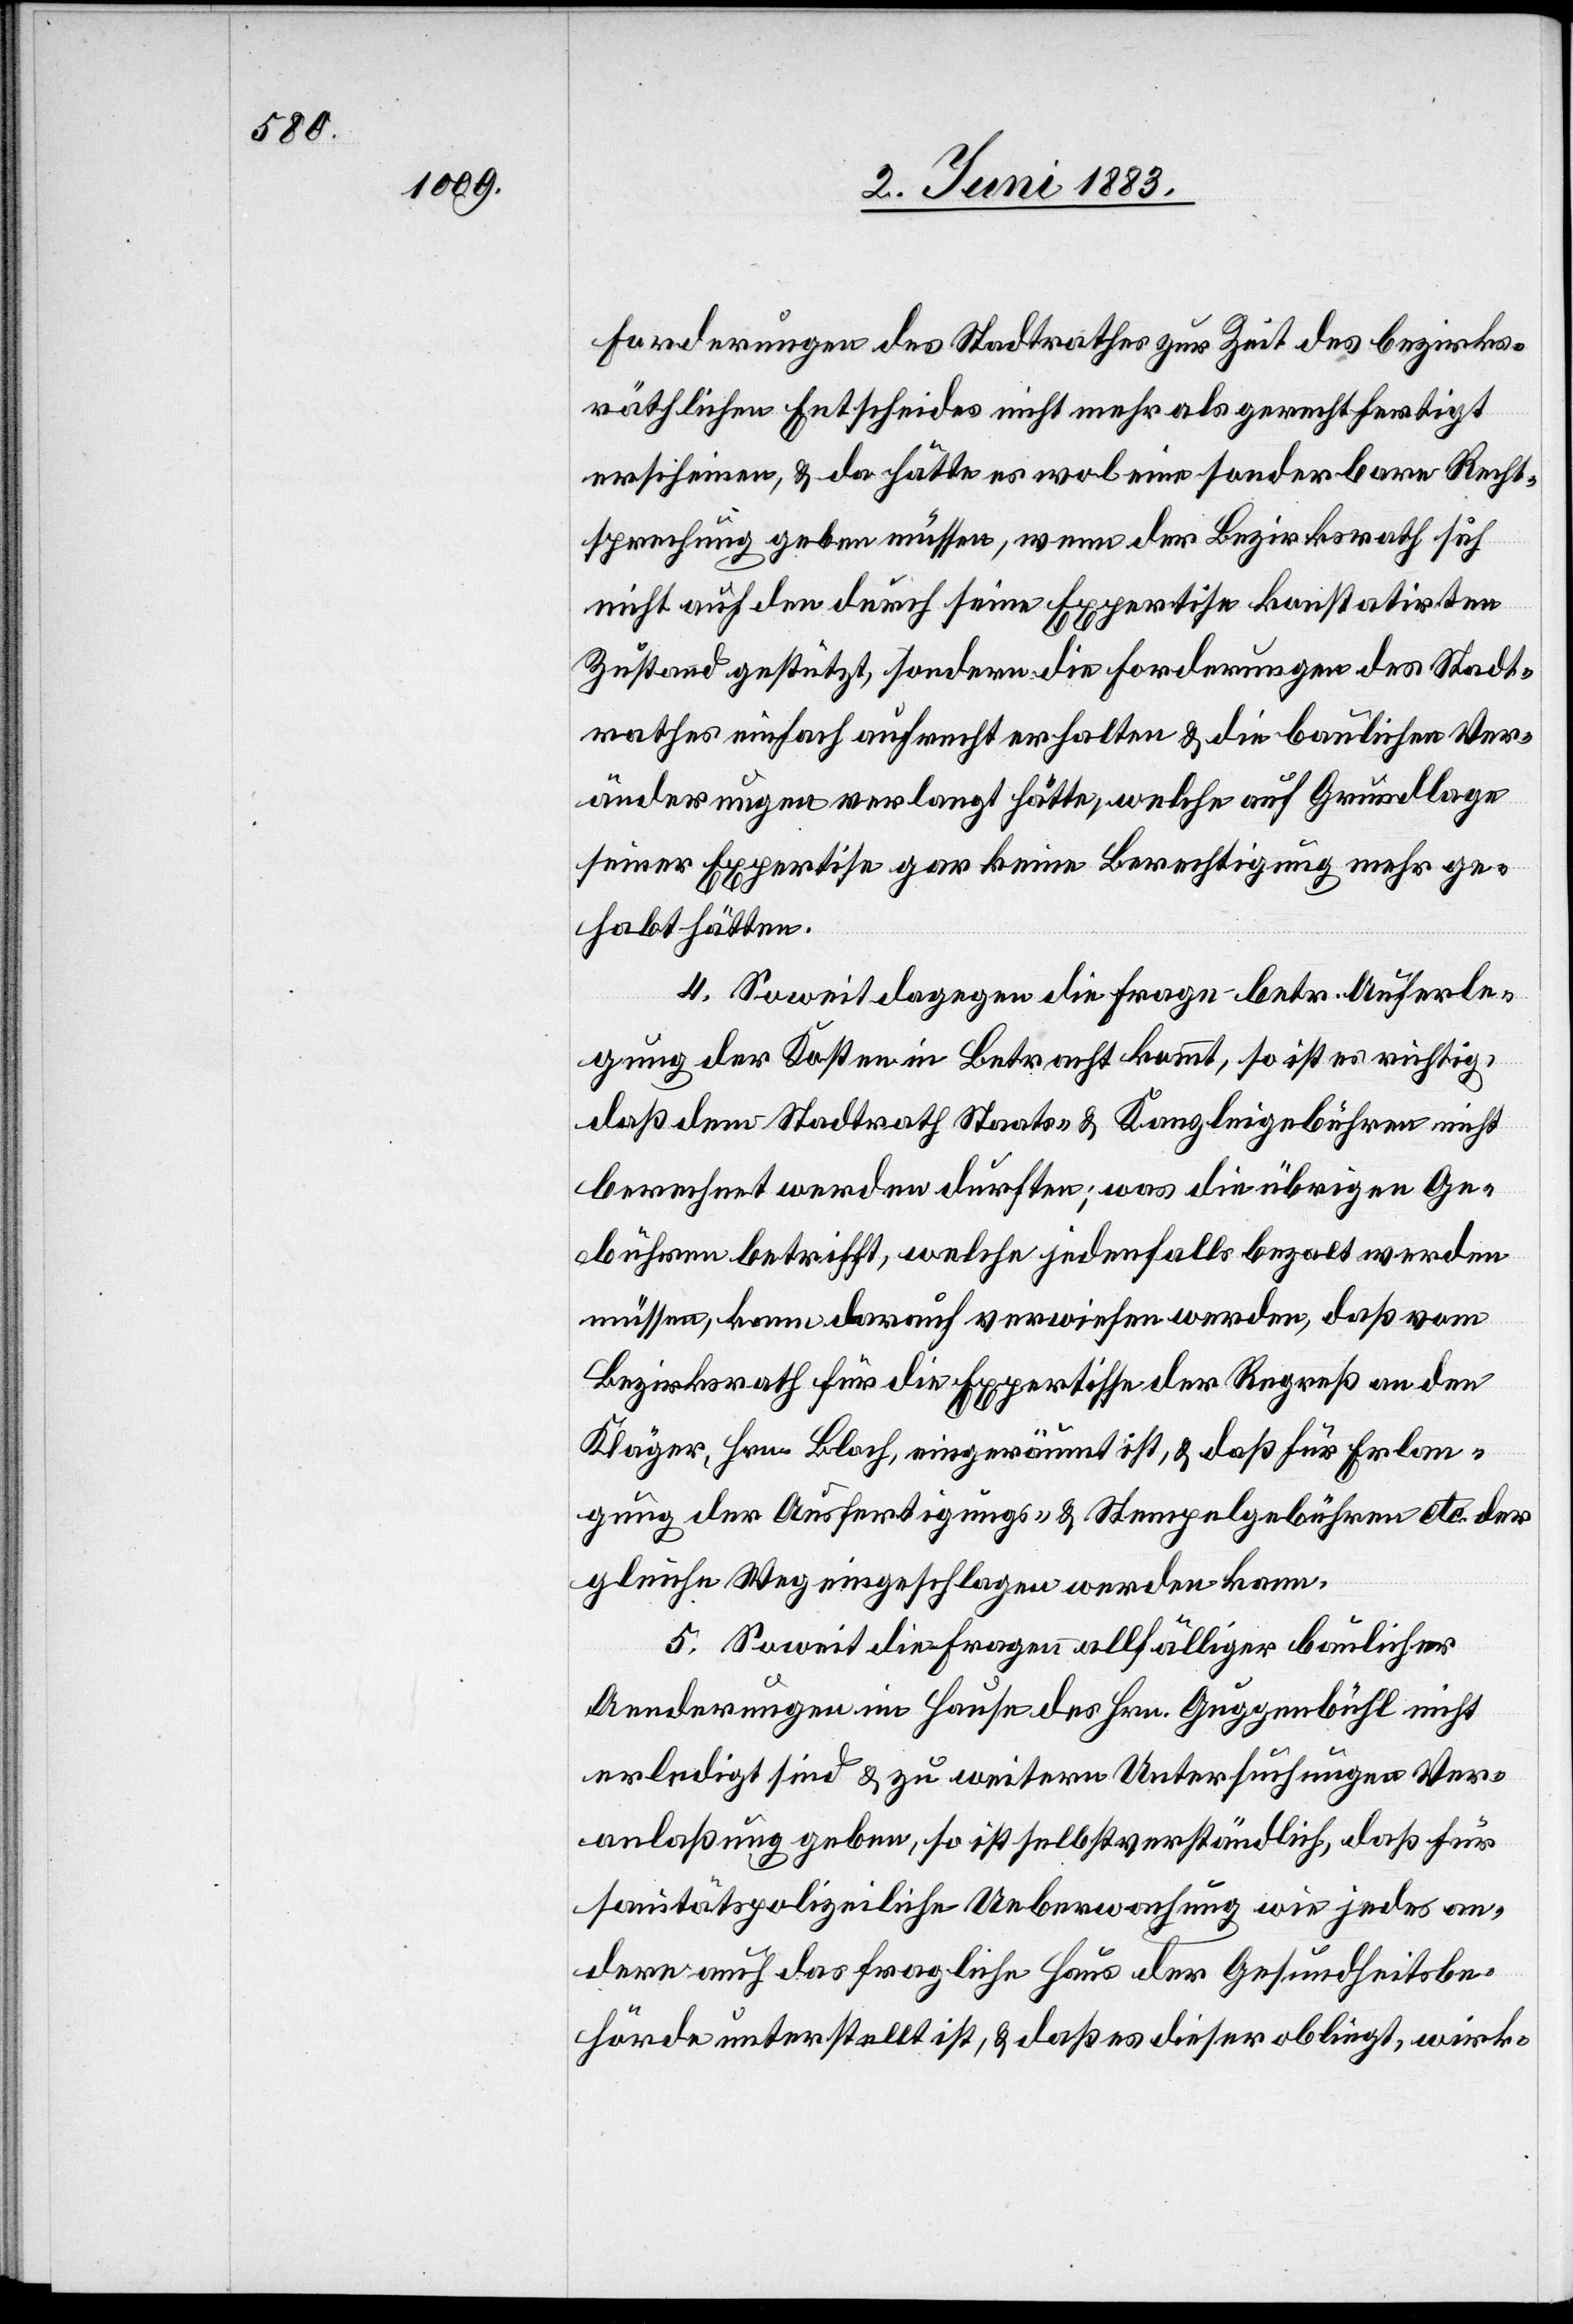
Forderungen des Stadtrathes zur Zeit des bezirks¬
räthlichen Entscheides nicht mehr als gerechtfertigt
erscheinen, & da hätte es wol eine sonderbare Recht¬
sprechung geben müssen, wenn der Bezirksrath sich
nicht auf den durch seine Expertise konstatirten
Zustand gestützt, sondern die Forderungen des Stadt¬
rathes einfach aufrecht erhalten & die baulichen Ver¬
änderungen verlangt hätte, welche auf Grundlage
seiner Expertise gar keine Berechtigung mehr ge¬
habt hätten.
4. Soweit dagegen die Frage betr. Auferle¬
gung der Kosten in Betracht kommt, so ist es richtig
daß dem Stadtrath Staats- & Kanzleigebühren nicht
berechnet werden dürfte; was die übrigen Ge¬
bühren betrifft, welche jedenfalls bezalt werden
müssen, kann darauf verwiesen werden, daß vom
Bezirksrath für die Expertisse [sic!] der Regreß an den
Kläger, Hrn. Bloch, eingeräumt ist, & daß für Erlan¬
gung der Ausfertigungs- & Stempelgebühren etc. der
gleiche Weg eingeschlagen werden kann.
5. Soweit die Fragen allfälliger baulicher
Aenderungen im Hause des Hrn. Guggenbühl nicht
erledigt sind & zu weiteren Untersuchungen Ver¬
anlaßung geben, so ist selbstverständlich, daß für
sanitätspolizeiliche Ueberwachung wie jedes an¬
dern auch das fragliche Haus der Gesundheitsbe¬
hörde unterstellt ist, & daß es dieser obliegt, wirk-